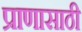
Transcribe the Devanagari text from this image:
प्राणासाठी